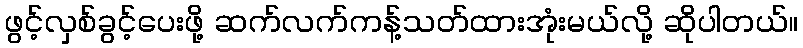
ဖွင့်လှစ်ခွင့်ပေးဖို့ ဆက်လက်ကန့်သတ်ထားအုံးမယ်လို့ ဆိုပါတယ်။